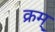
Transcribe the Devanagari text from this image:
क्रम्